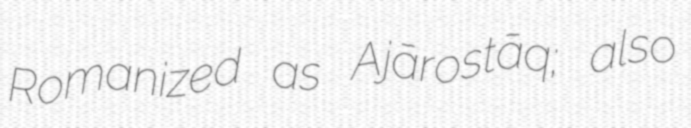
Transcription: Romanized as Ajārostāq; also